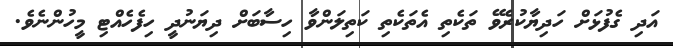
އަދި ގެފުޅަށް ހަދިޔާކުރެވޭ ތަކެތި އެތަކެތި ކަތިލަންވާ ހިސާބަށް ދިޔަނުދީ ހިފެހެއްޓި މީހުންނެވެ.